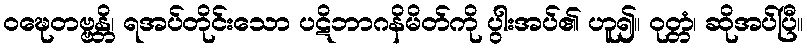
ဝဍ္ဎေတဗ္ဗန္တိ၊ ရအပ်တိုင်းသော ပဋိဘာဂနိမိတ်ကို ပွါးအပ်၏ ဟူ၍။ ဝုတ္တံ၊ ဆိုအပ်ပြီ။